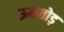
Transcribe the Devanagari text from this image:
ऊसतोड़